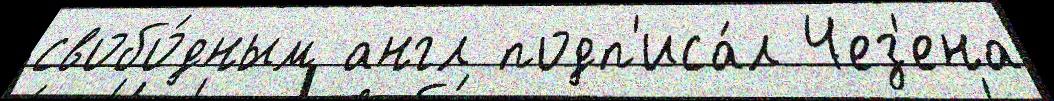
свобо́дным англ подп'иса́л Чез'ена